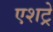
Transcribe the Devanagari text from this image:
एशट्रे